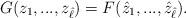
LaTeX: \begin{align*} G(z_1,...,z_{\hat\ell})=F(\hat z_1,...,\hat z_{\hat\ell}).\end{align*}